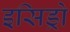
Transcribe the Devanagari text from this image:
इसिड्रो